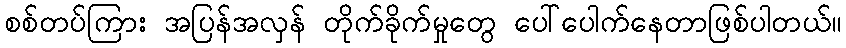
စစ်တပ်ကြား အပြန်အလှန် တိုက်ခိုက်မှုတွေ ပေါ်ပေါက်နေတာဖြစ်ပါတယ်။